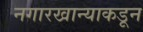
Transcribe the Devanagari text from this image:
नगारखान्याकडून